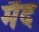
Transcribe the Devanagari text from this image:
मैंद